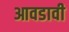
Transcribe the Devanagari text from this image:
आवडावी